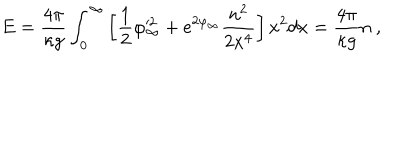
E = \frac { 4 \pi } { \kappa g } \int _ { 0 } ^ { \infty } \left[ \frac { 1 } { 2 } \varphi _ { \infty } ^ { 2 } + e ^ { 2 \varphi _ { \infty } } \frac { n ^ { 2 } } { 2 x ^ { 4 } } \right] x ^ { 2 } d x = \frac { 4 \pi } { \kappa g } n \ ,